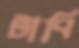
টাবি